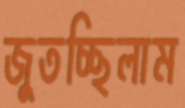
জুতচ্ছিলাম